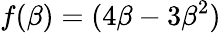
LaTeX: f(\beta)=(4\beta-3\beta^{2})